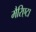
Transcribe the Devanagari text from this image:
मैरिएटा